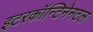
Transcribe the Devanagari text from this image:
इटरकॉन्टिनेनटल